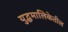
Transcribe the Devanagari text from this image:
युद्धमालिकेतील